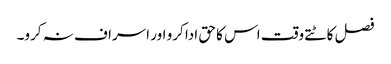
فصل کاٹتے وقت اس کا حق ادا کرو اور اسراف نہ کرو۔